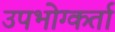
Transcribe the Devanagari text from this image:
उपभोग्कर्ता